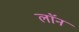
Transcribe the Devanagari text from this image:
लाॅन